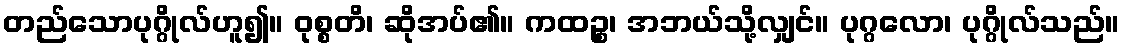
တည်သောပုဂ္ဂိုလ်ဟူ၍။ ဝုစ္စတိ၊ ဆိုအပ်၏။ ကထဉ္စ၊ အဘယ်သို့လျှင်။ ပုဂ္ဂလော၊ ပုဂ္ဂိုလ်သည်။